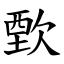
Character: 歅